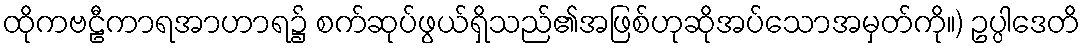
ထိုကဗဠီကာရအာဟာရ၌ စက်ဆုပ်ဖွယ်ရှိသည်၏အဖြစ်ဟုဆိုအပ်သောအမှတ်ကို။) ဥပ္ပါဒေတိ